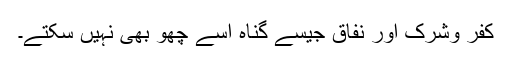
کفر وشرک اور نفاق جیسے گناہ اسے چھو بھی نہیں سکتے۔